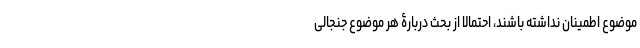
موضوع اطمینان نداشته باشند، احتمالاً از بحث دربارۀ هر موضوع جنجالی